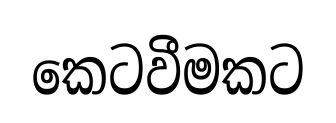
කෙටවීමකට